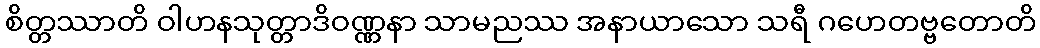
စိတ္တဿာတိ ဝါဟနသုတ္တာဒိဝဏ္ဏနာ သာမညဿ အနာယာသော သရီ ဂဟေတဗ္ဗတောတိ